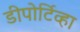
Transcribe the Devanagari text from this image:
डीपोर्टिव्हा